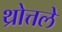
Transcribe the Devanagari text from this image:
थ्रोत्तले